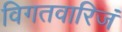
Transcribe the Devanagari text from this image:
विगतवारिजं